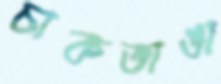
চাকভাঙা